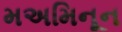
મઅમિનૂન